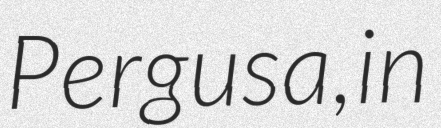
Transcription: Pergusa, in